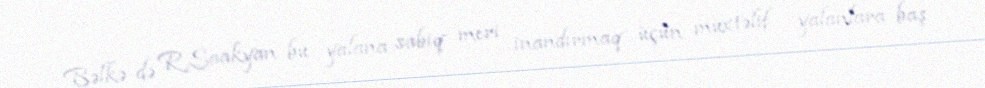
Bəlkə də R.Saakyan bu yalana sabiq meri inandırmaq üçün müxtəlif yalanlara baş